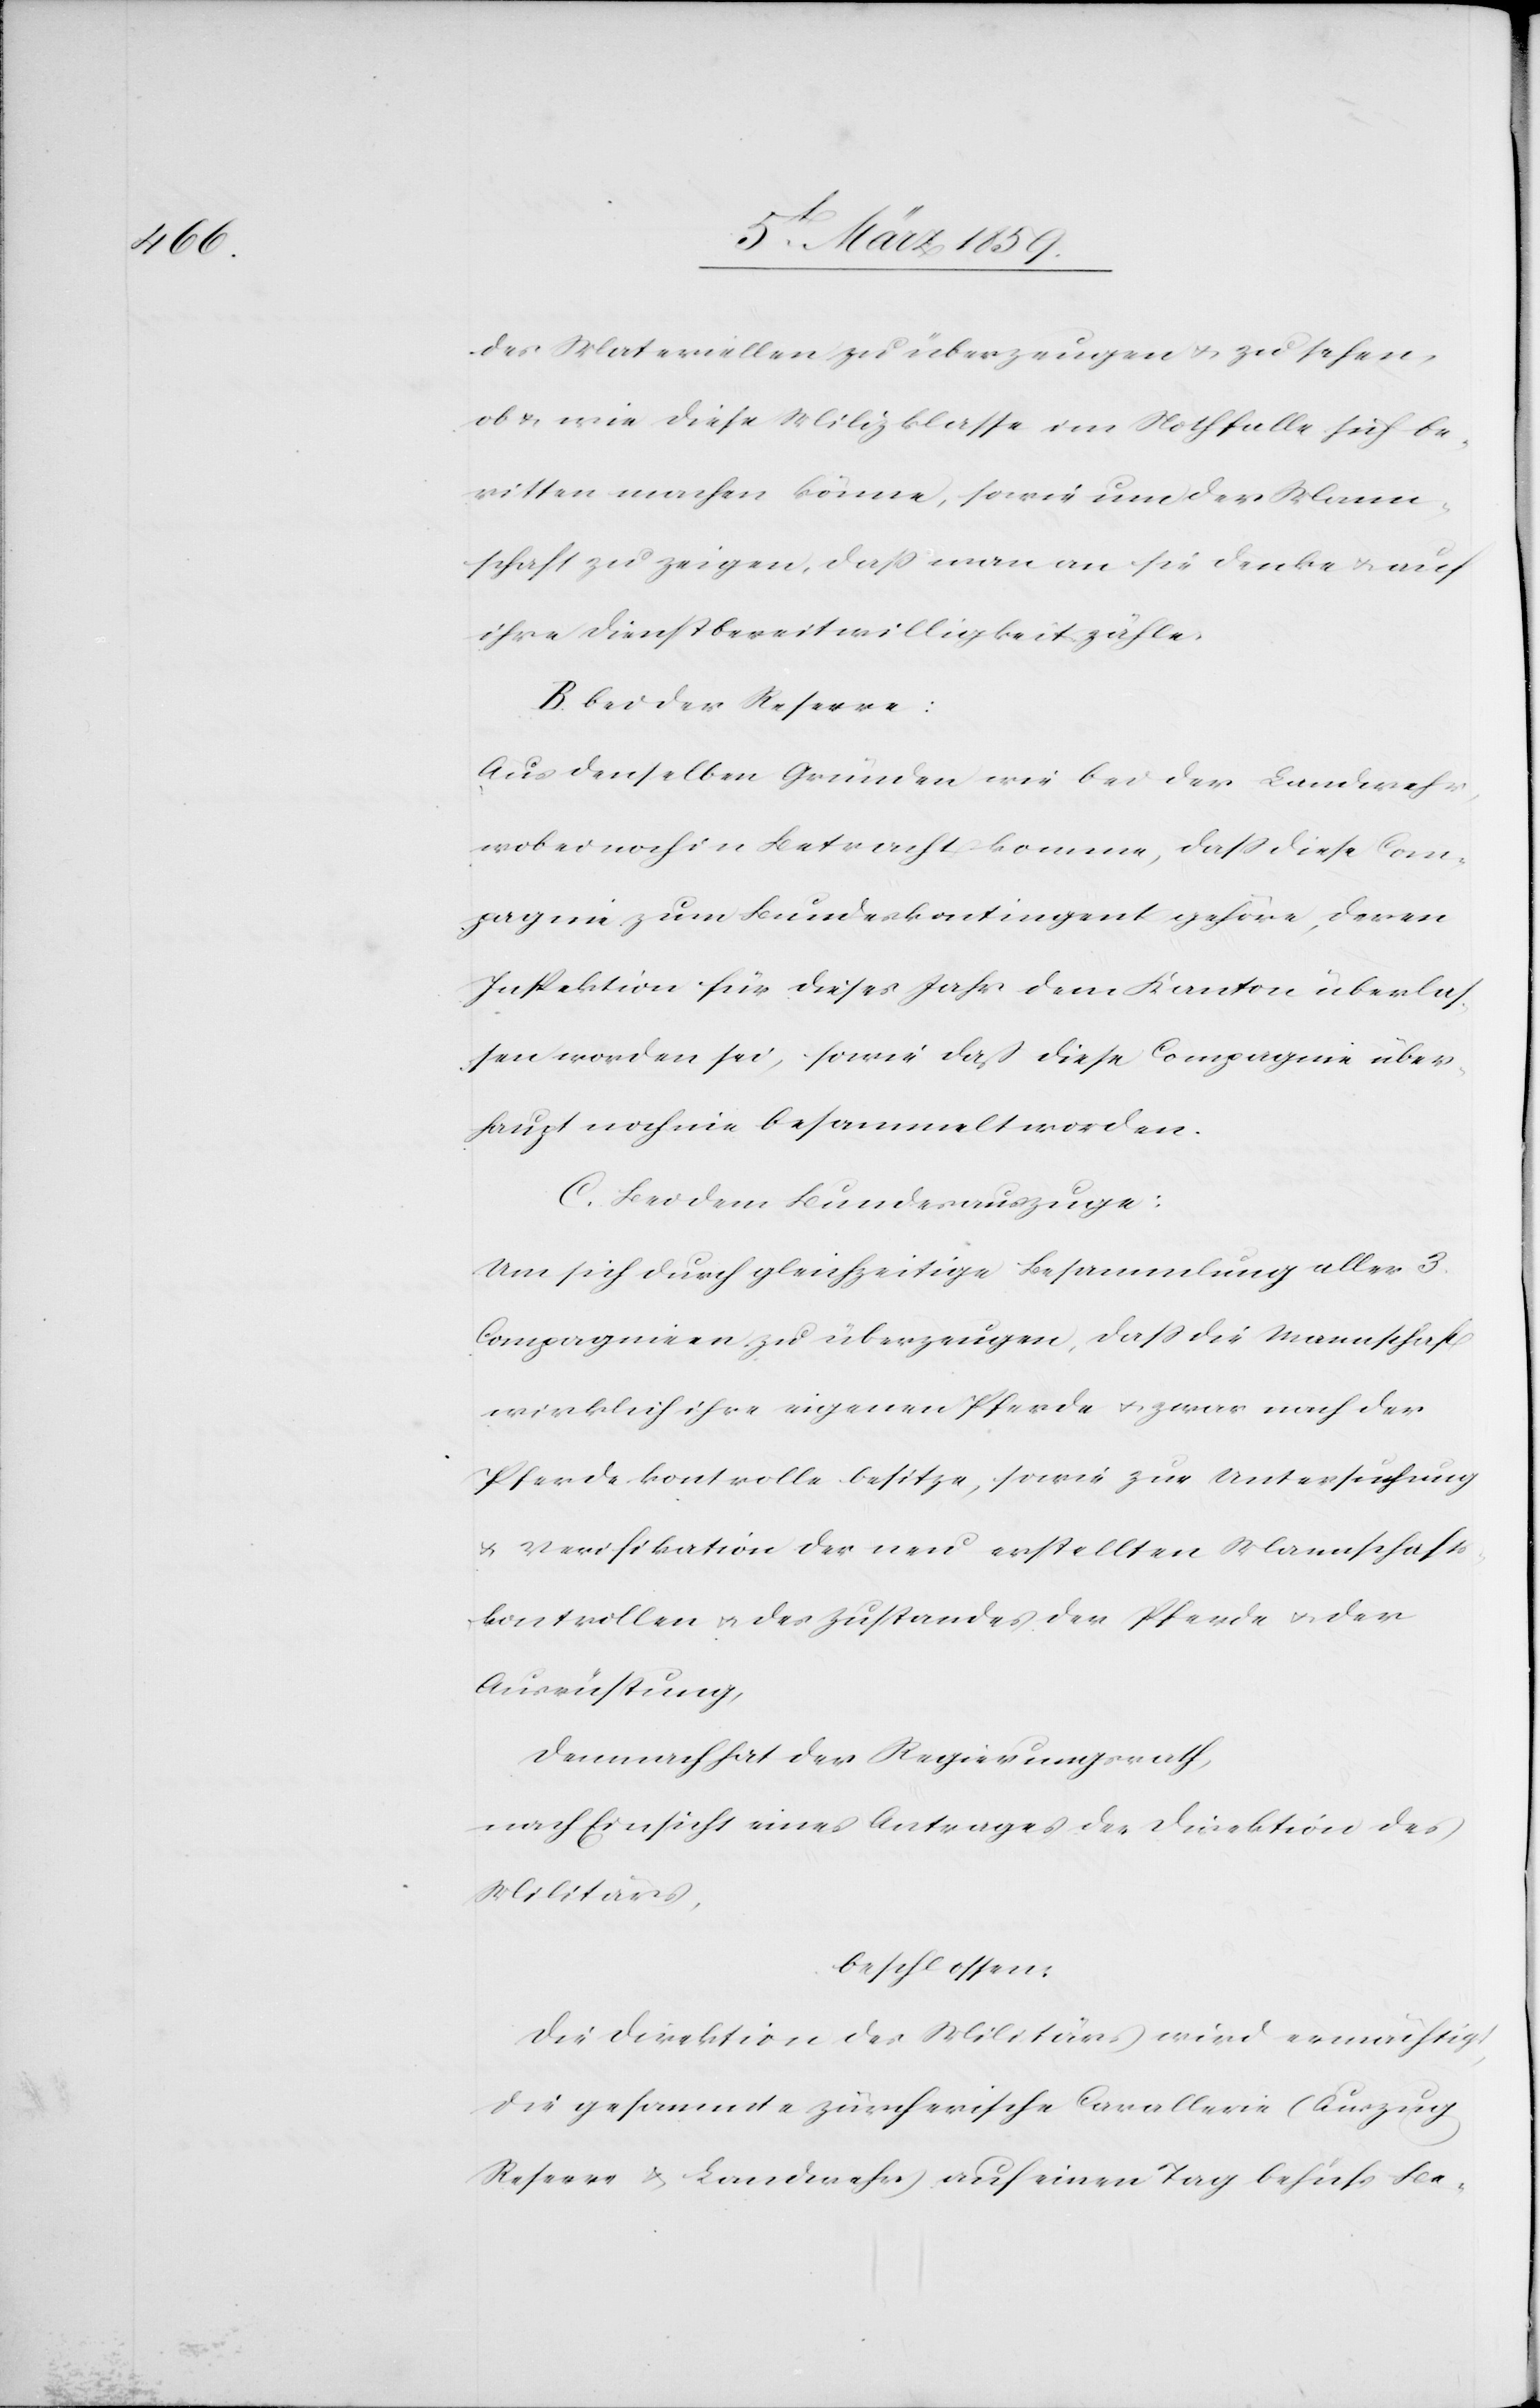
des Materiellen zu überzeugen u. zu sehen,
ob u. wie diese Milizklasse im Nothfalle sich be¬
ritten machen könne, sowie um der Mann¬
schaft zu zeigen, daß man an sie denke u. auf
ihre Dienstbereitwilligkeit zähle.
B. Bei der Reserve:
Aus denselben Gründen wie bei der Landwehr,
wobei noch in Betracht komme, daß diese Com¬
pagnie zum Bundeskontingent gehöre, deren
Inspektion für dieses Jahr dem Kanton überlas¬
sen worden sei, sowie daß diese Compagnie über¬
haupt noch nie besammelt worden.
C. Bei dem Bundesauszuge:
Um sich durch gleichzeitige Besammlung aller 3.
Compagnieen zu überzeugen, daß die Mannschaft
wirklich ihre eigenen Pferde u. zwar nach der
Pferdekontrolle besitze, sowie zur Untersuchung
u. Verifikation der neu erstellten Mannschafts¬
kontrollen u. des Zustandes der Pferde u. der
Ausrüstung,
Demnach hat der Regierungsrath,
nach Einsicht eines Antrages der Direktion des
Militärs,
beschlossen:
Die Direktion des Militärs wird ermächtigt,
die gesammte zürcherische Cavallerie (Auszug,
Reserve & Landwehr) auf einen Tag behufs Be-